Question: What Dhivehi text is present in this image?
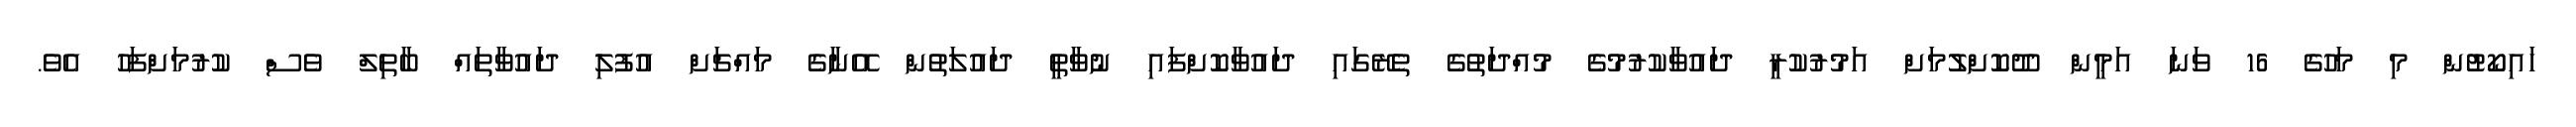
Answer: ހައިކޯޓުން މި މަހުގެ 16 ވަނަ އަމީން ދޫކޮށްލުމަށް އަމުރުކުރީ ދައުވާކުރުމުގެ މުއްދަތުގެ ތެރޭގައި ދައުވާކޮށްފައި ނުވާތީ ދައުލަތުން އޭނާގެ މައްޗަށް އުފުލި ދައުވާތައް ބާތިލް ވެސް ކުރުމަށްފަހު އެވެ.